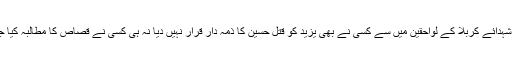
اس کے ساتھ یہ بات بھی قابلِ غور ہے کہ شہدائے کربلا کے لواحقین میں سے کسی نے بھی یزید کو قتلِ حسینۥ کا ذمہ دار قرار نہیں دیا نہ ہی کسی نے قصاص کا مطالبہ کیا جس طرح سیّدنا عثمانؓ کے لیئے کیا گیا تھا۔